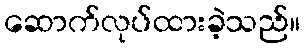
ဆောက်လုပ်ထားခဲ့သည်။